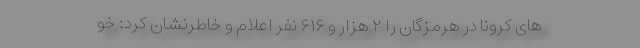
های کرونا در هرمزگان را ۲ هزار و ۶۱۶ نفر اعلام و خاطرنشان کرد: خو